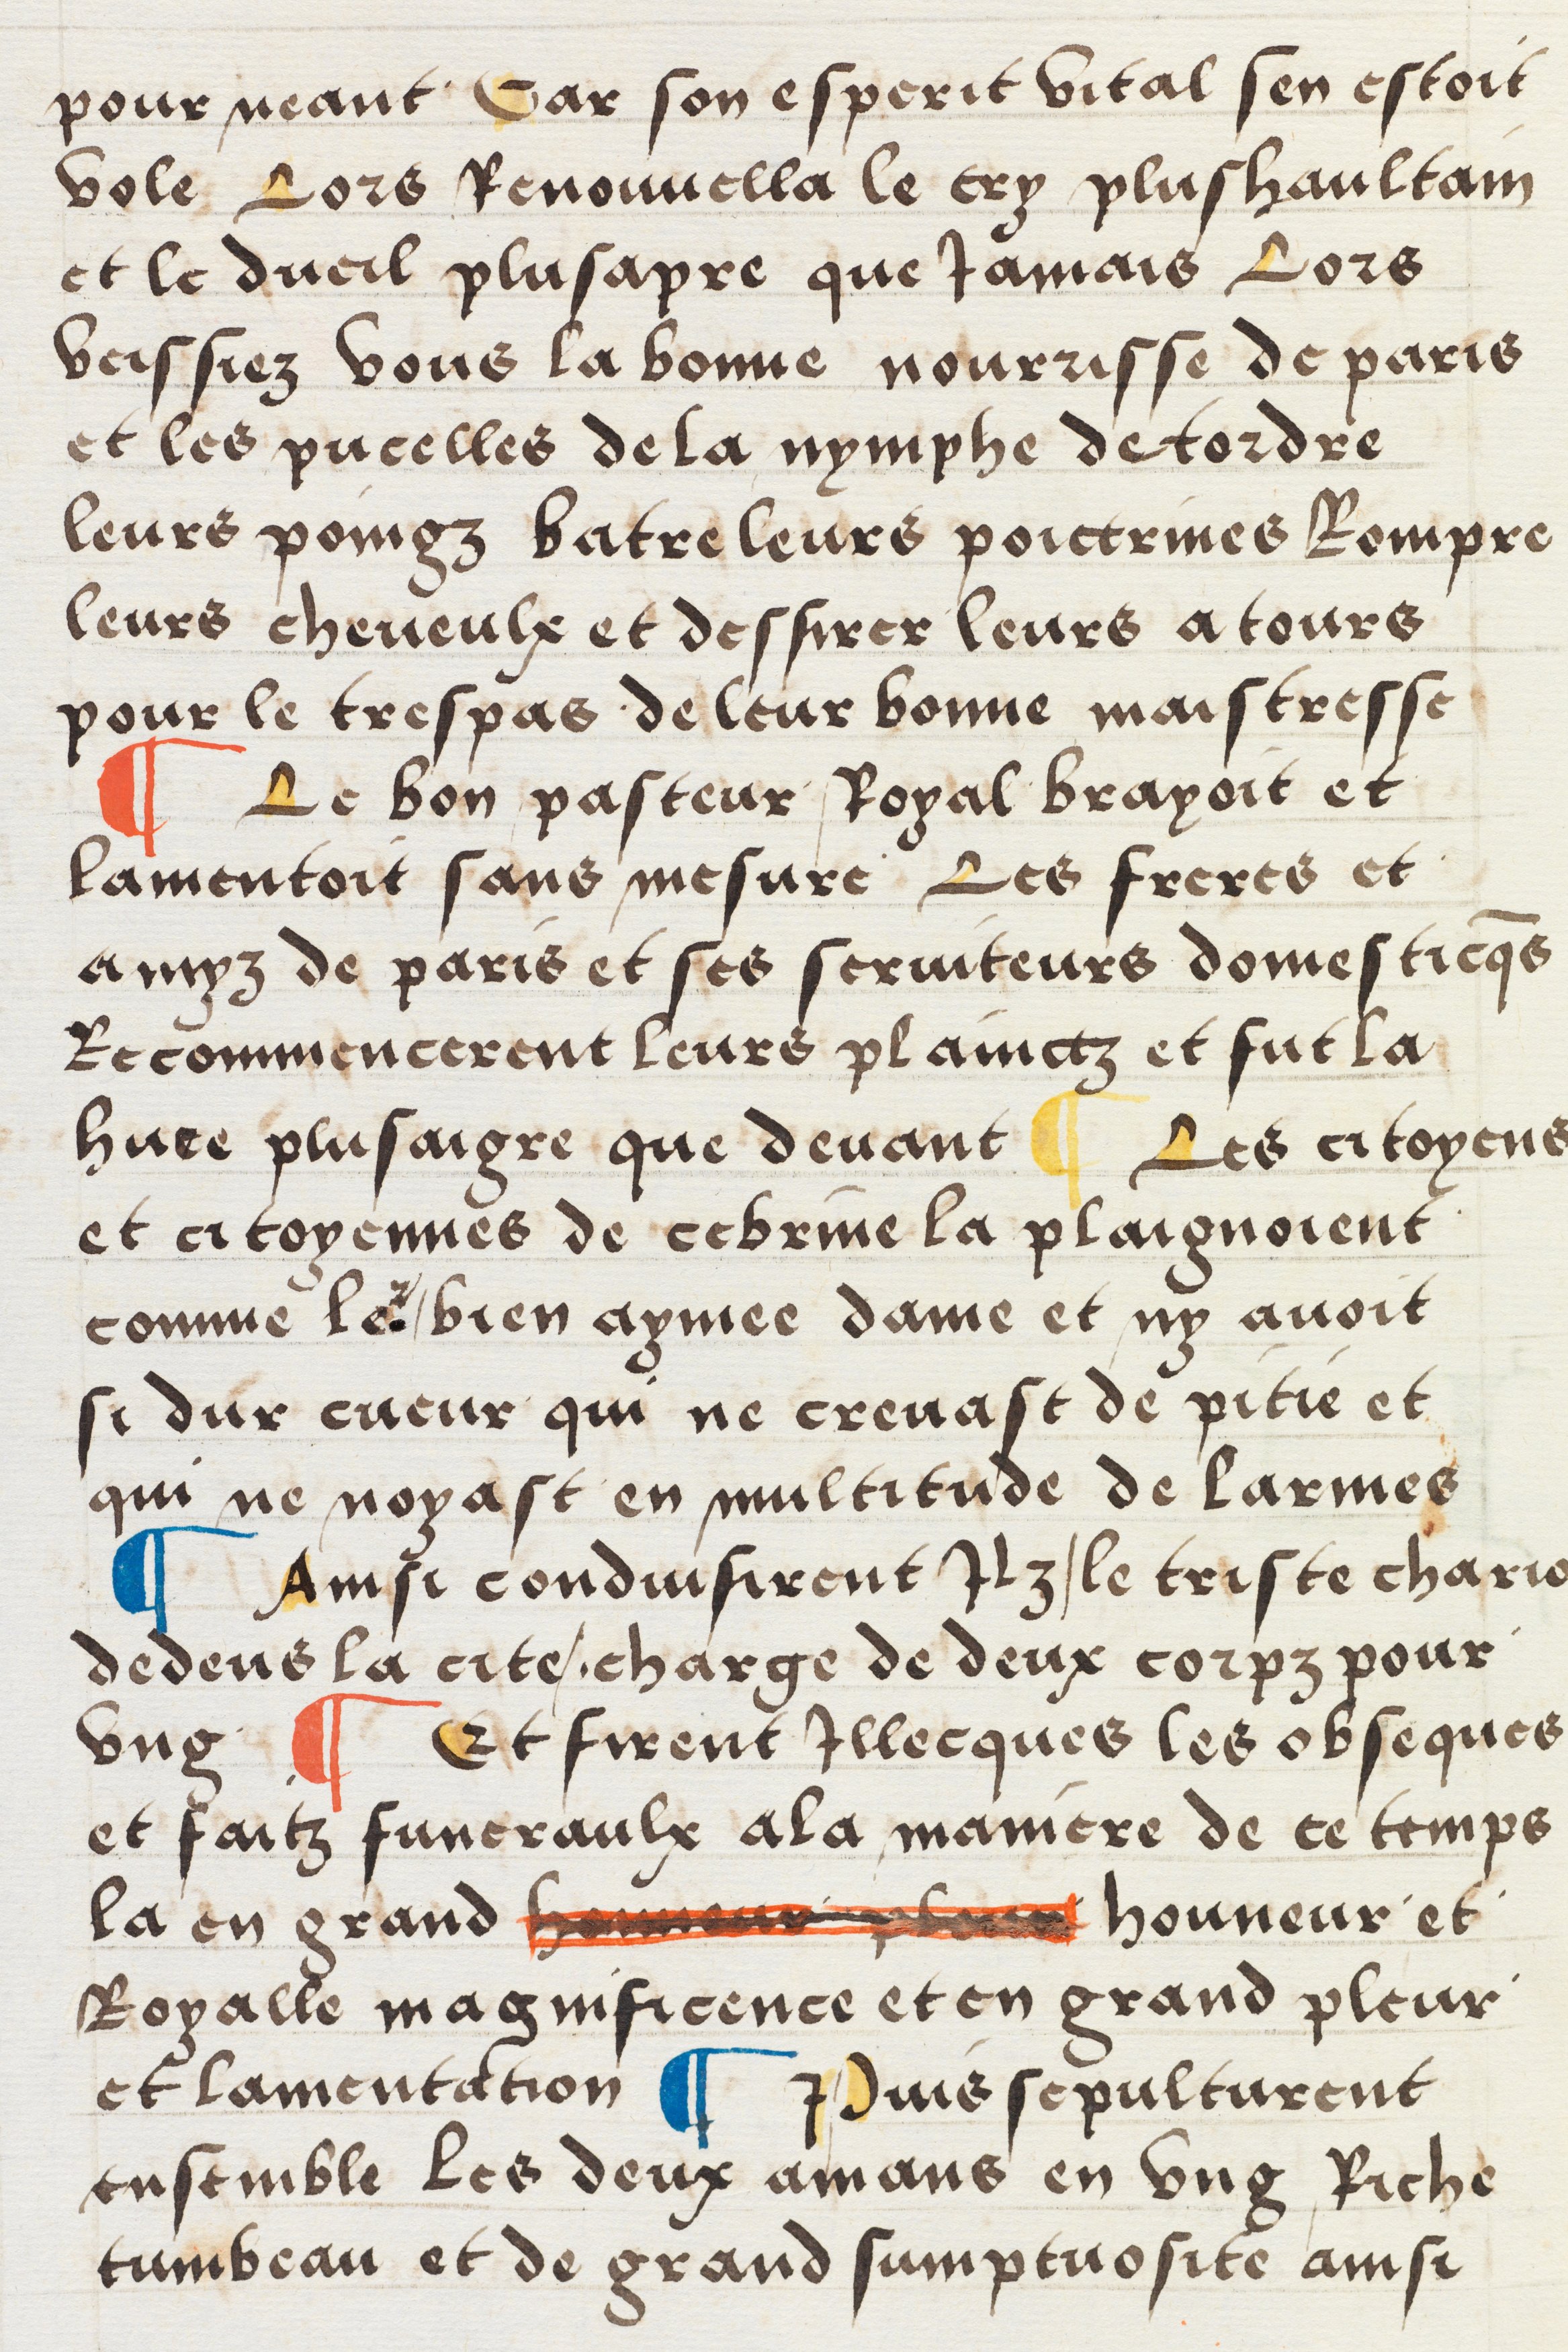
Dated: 1512–1524